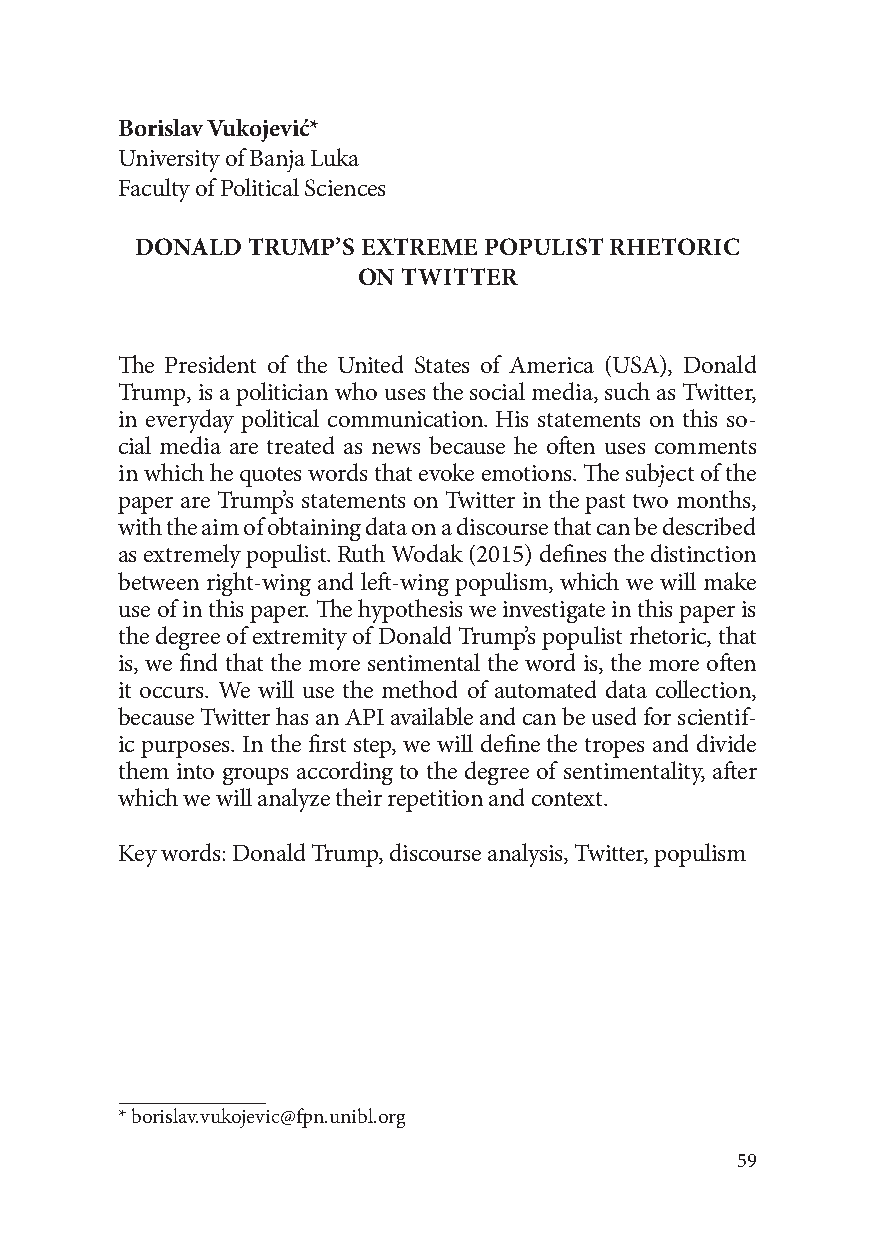
Borislav Vukojević*
 University of Banja Luka
 Faculty of Political Sciences
 DONALD TRUMP’S EXTREME POPULIST RHETORIC
 ON TWITTER
 The President of the United States of America (USA), Donald
 Trump, is a politician who uses the social media, such as Twitter,
 in everyday political communication. His statements on this so-
 cial media are treated as news because he often uses comments
 in which he quotes words that evoke emotions. The subject of the
 paper are Trump’s statements on Twitter in the past two months,
 with the aim of obtaining data on a discourse that can be described
 as extremely populist. Ruth Wodak (2015) defines the distinction
 between right-wing and left-wing populism, which we will make
 use of in this paper. The hypothesis we investigate in this paper is
 the degree of extremity of Donald Trump’s populist rhetoric, that
 is, we find that the more sentimental the word is, the more often
 it occurs. We will use the method of automated data collection,
 because Twitter has an API available and can be used for scientif-
 ic purposes. In the first step, we will define the tropes and divide
 them into groups according to the degree of sentimentality, after
 which we will analyze their repetition and context.
 Key words: Donald Trump, discourse analysis, Twitter, populism
 * borislav.vukojevic@fpn.unibl.org
 59